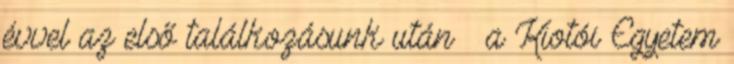
évvel az első találkozásunk után – a Kiotói Egyetem